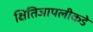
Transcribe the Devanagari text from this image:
क्षितिजापलीकडे